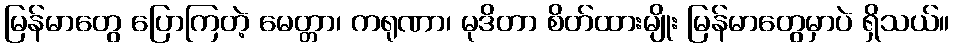
မြန်မာတွေ ပြောကြတဲ့ မေတ္တာ၊ ကရုဏာ၊ မုဒိတာ စိတ်ထားမျိုး မြန်မာတွေမှာပဲ ရှိသယ်။